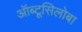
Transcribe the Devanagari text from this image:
ऑब्टूसिलोबा